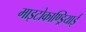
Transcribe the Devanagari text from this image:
माइटोकाण्ड्रियाई